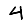
Digit: 4